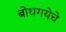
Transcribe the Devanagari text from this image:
बोधगयेचे